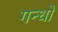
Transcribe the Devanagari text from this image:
गन्धों